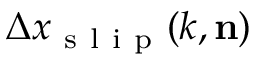
\Delta x _ { \mathrm { ~ s ~ l ~ i ~ p ~ } } ( k , \mathbf { n } )